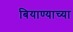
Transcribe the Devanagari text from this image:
बियाण्याच्या